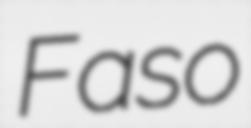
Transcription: Faso